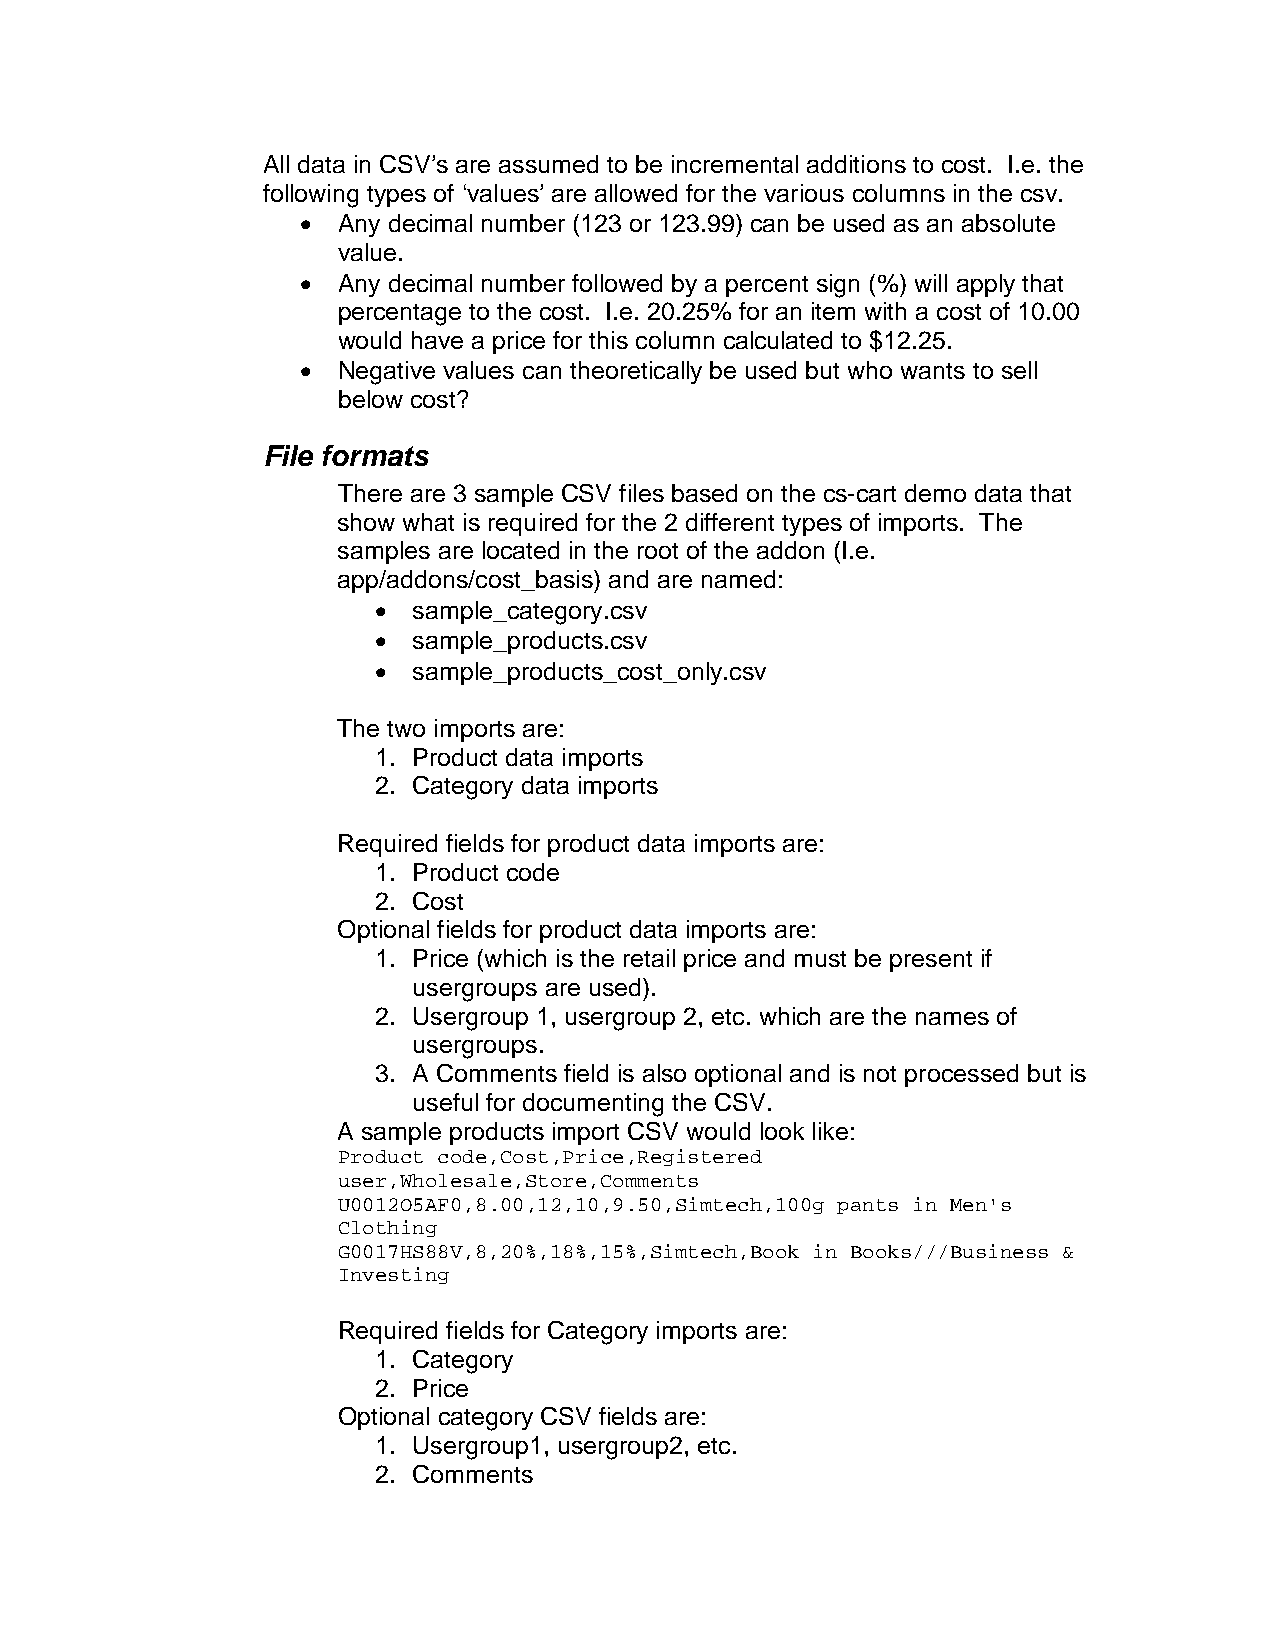
All data in CSV’s are assumed to be incremental additions to cost. I.e. the
 following types of ‘values’ are allowed for the various columns in the csv.
 • Any decimal number (123 or 123.99) can be used as an absolute
 value.
 • Any decimal number followed by a percent sign (%) will apply that
 percentage to the cost. I.e. 20.25% for an item with a cost of 10.00
 would have a price for this column calculated to $12.25.
 • Negative values can theoretically be used but who wants to sell
 below cost?
 File formats
 There are 3 sample CSV files based on the cs-cart demo data that
 show what is required for the 2 different types of imports. The
 samples are located in the root of the addon (I.e.
 app/addons/cost_basis) and are named:
 • sample_category.csv
 • sample_products.csv
 • sample_products_cost_only.csv
 The two imports are:
 1. Product data imports
 2. Category data imports
 Required fields for product data imports are:
 1. Product code
 2. Cost
 Optional fields for product data imports are:
 1. Price (which is the retail price and must be present if
 usergroups are used).
 2. Usergroup 1, usergroup 2, etc. which are the names of
 usergroups.
 3. A Comments field is also optional and is not processed but is
 useful for documenting the CSV.
 A sample products import CSV would look like:
 Product code,Cost,Price,Registered
 user,Wholesale,Store,Comments
 U0012O5AF0,8.00,12,10,9.50,Simtech,100g pants in Men's
 Clothing
 G0017HS88V,8,20%,18%,15%,Simtech,Book in Books///Business &
 Investing
 Required fields for Category imports are:
 1. Category
 2. Price
 Optional category CSV fields are:
 1. Usergroup1, usergroup2, etc.
 2. Comments